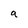
Character: a